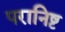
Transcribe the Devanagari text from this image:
परानिष्ट